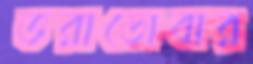
ভরাডোবার